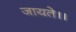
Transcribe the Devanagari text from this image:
जायते।।